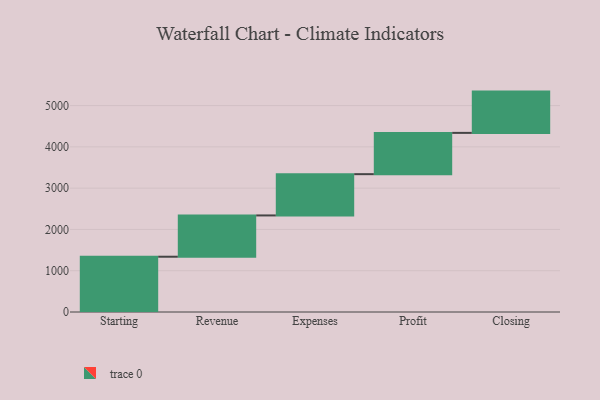
{"axis": {"x": "Step", "y": "Value"}, "legend": [""], "data": [{"x": "Starting", "y": 1339.0, "type": ""}, {"x": "Revenue", "y": 1000, "type": ""}, {"x": "Expenses", "y": 1000, "type": ""}, {"x": "Profit", "y": 1000, "type": ""}, {"x": "Closing", "y": 1000, "type": ""}]}